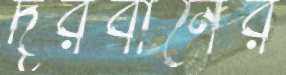
দূরবীনের